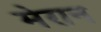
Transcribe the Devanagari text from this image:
मेरान